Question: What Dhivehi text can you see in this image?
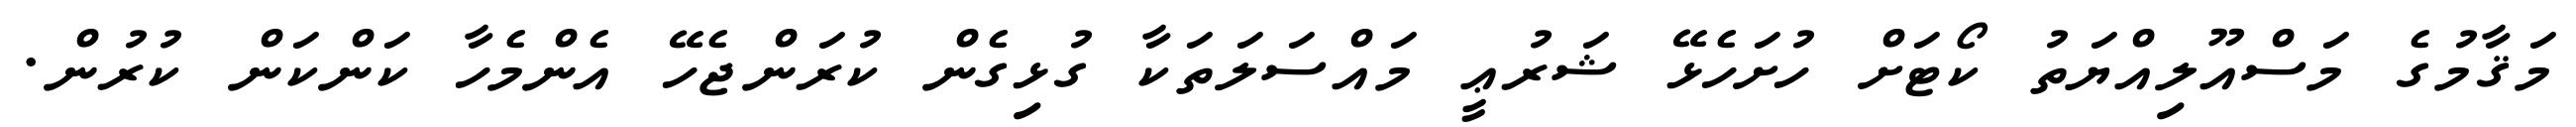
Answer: މަޤާމުގެ މަސްއޫލިއްޔަތު ކޯޓަށް ހުށަހެޅޭ ޝަރުޢީ މައްސަލަތަކާ ގުޅިގެން ކުރަންޖެހޭ އެންމެހާ ކަންކަން ކުރުން.